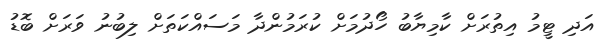
އަދި ޓީމު އިތުރަށް ކާމިޔާބު ހޯދުމަށް ކުރަމުންދާ މަސައްކަތަށް ލިބުނު ވަރަށް ބޮޑު